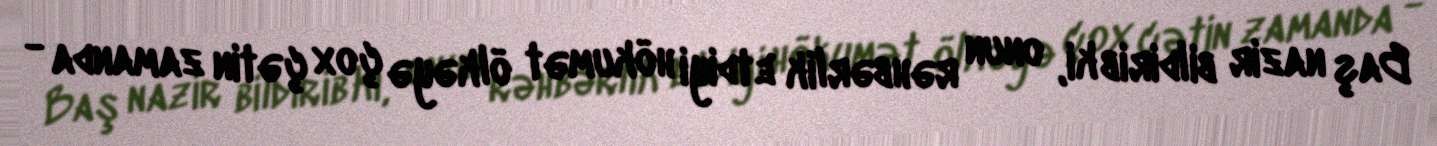
Baş nazir bildirib ki, onun rəhbərlik etdiyi hökumət ölkəyə çox çətin zamanda -